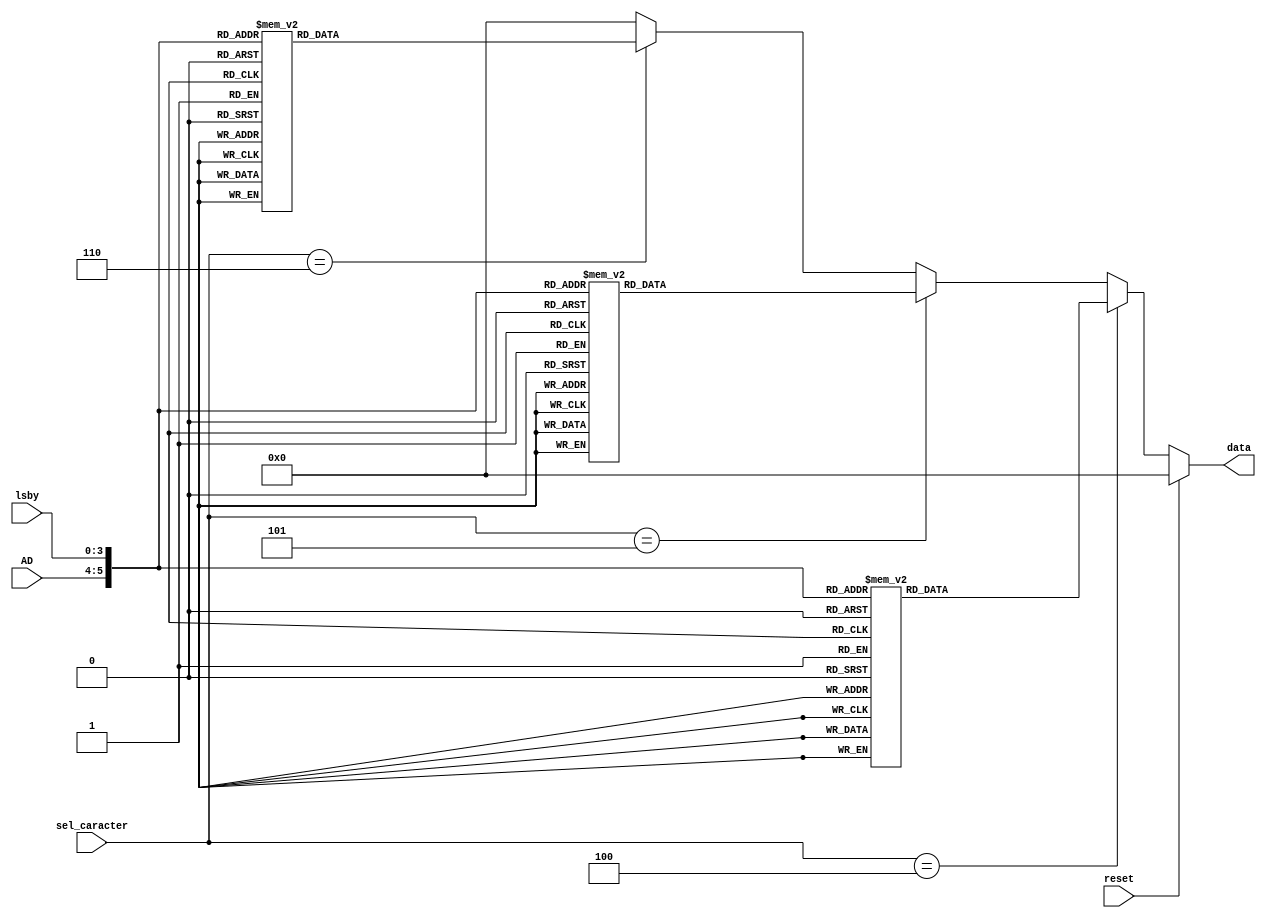
`timescale 1ns / 1ps
//////////////////////////////////////////////////////////////////////////////////

// Company: 
// Engineer: 
// 
// Design Name: 
// Module Name: font_rom
// Project Name: 
// Target Devices: 
// Tool Versions: 
// Description: 
// 
// Dependencies: 
// 
// Revision:
// Revision 0.01 - File Created
// Additional Comments:
// 
//////////////////////////////////////////////////////////////////////////////////
module font_rom(
                input reset,
                input wire [1:0]AD,
                input wire [3:0]lsby,
                output reg [7:0]data,
                input wire [3:0] sel_caracter
                );


reg [7:0]adress;

always @*
adress <= {AD,lsby};

always @*
//LETRAS
if(reset)
		data <=0;
else begin

/////////////////////////////////////////////////////////////////////////////////////////////////////////////////////////////////////
//// Numeros
/////////////////////////////////////////////////////////////////////////////////////////////////////////////////////////////////////
if(sel_caracter==4)begin
	case (adress)

		6'h00: data <= 8'b00000000;//0
		6'h01: data <= 8'b00111100;
		6'h02: data <= 8'b01000010;
		6'h03: data <= 8'b01000010;
		6'h04: data <= 8'b01000010;
		6'h05: data <= 8'b01000010;
		6'h06: data <= 8'b01000010;
		6'h07: data <= 8'b01000010;
		6'h08: data <= 8'b01000010;
		6'h09: data <= 8'b01000010;
		6'h0a: data <= 8'b01000010;
		6'h0b: data <= 8'b01000010;
		6'h0c: data <= 8'b01000010;
		6'h0d: data <= 8'b00111100;
		6'h0e: data <= 8'b00000000;
		6'h0f: data <= 8'b00000000;


		6'h10: data <= 8'b00000000;//1
		6'h11: data <= 8'b00010000;
		6'h12: data <= 8'b00010000;
		6'h13: data <= 8'b00010000;
		6'h14: data <= 8'b00010000;
		6'h15: data <= 8'b00010000;
		6'h16: data <= 8'b00010000;
		6'h17: data <= 8'b00000000;
		6'h18: data <= 8'b00010000;
		6'h19: data <= 8'b00010000;
		6'h1a: data <= 8'b00010000;
		6'h1b: data <= 8'b00010000;
		6'h1c: data <= 8'b00010000;
		6'h1d: data <= 8'b00010000;
		6'h1e: data <= 8'b00000000;
		6'h1f: data <= 8'b00000000;



		6'h20: data <= 8'b00000000;//2
		6'h21: data <= 8'b01111100;
		6'h22: data <= 8'b00000010;
		6'h23: data <= 8'b00000010;
		6'h24: data <= 8'b00000010;
		6'h25: data <= 8'b00000010;
		6'h26: data <= 8'b00000010;
		6'h27: data <= 8'b00111100;
		6'h28: data <= 8'b01000000;
		6'h29: data <= 8'b01000000;
		6'h2a: data <= 8'b01000000;
		6'h2b: data <= 8'b01000000;
		6'h2c: data <= 8'b01000000;
		6'h2d: data <= 8'b00111110;
		6'h2e: data <= 8'b00000000;
		6'h2f: data <= 8'b00000000;


		6'h30: data <= 8'b00000000;//3
		6'h31: data <= 8'b01111100;
		6'h32: data <= 8'b00000010;
		6'h33: data <= 8'b00000010;
		6'h34: data <= 8'b00000010;
		6'h35: data <= 8'b00000010;
		6'h36: data <= 8'b00000010;
		6'h37: data <= 8'b01111100;
		6'h38: data <= 8'b00000010;
		6'h39: data <= 8'b00000010;
		6'h3a: data <= 8'b00000010;
		6'h3b: data <= 8'b00000010;
		6'h3c: data <= 8'b00000010;
		6'h3d: data <= 8'b01111100;
		6'h3e: data <= 8'b00000000;
		6'h3f: data <= 8'b00000000;

		default : data <= 8'b00000000;
		endcase

	end


else if(sel_caracter==5)begin
	case (adress)

		6'h00: data <= 8'b00000000;//4
		6'h01: data <= 8'b01000010;
		6'h02: data <= 8'b01000010;
		6'h03: data <= 8'b01000010;
		6'h04: data <= 8'b01000010;
		6'h05: data <= 8'b01000010;
		6'h06: data <= 8'b01000010;
		6'h07: data <= 8'b00111100;
		6'h08: data <= 8'b00000010;
		6'h09: data <= 8'b00000010;
		6'h0a: data <= 8'b00000010;
		6'h0b: data <= 8'b00000010;
		6'h0c: data <= 8'b00000010;
		6'h0d: data <= 8'b00000010;
		6'h0e: data <= 8'b00000000;
		6'h0f: data <= 8'b00000000;


		6'h10: data <= 8'b00000000;//5
		6'h11: data <= 8'b00111110;
		6'h12: data <= 8'b01000000;
		6'h13: data <= 8'b01000000;
		6'h14: data <= 8'b01000000;
		6'h15: data <= 8'b01000000;
		6'h16: data <= 8'b01000000;
		6'h17: data <= 8'b00111100;
		6'h18: data <= 8'b00000010;
		6'h19: data <= 8'b00000010;
		6'h1a: data <= 8'b00000010;
		6'h1b: data <= 8'b00000010;
		6'h1c: data <= 8'b00000010;
		6'h1d: data <= 8'b01111100;
		6'h1e: data <= 8'b00000000;
		6'h1f: data <= 8'b00000000;



		6'h20: data <= 8'b00000000;//6
		6'h21: data <= 8'b00111110;
		6'h22: data <= 8'b01000000;
		6'h23: data <= 8'b01000000;
		6'h24: data <= 8'b01000000;
		6'h25: data <= 8'b01000000;
		6'h26: data <= 8'b01000000;
		6'h27: data <= 8'b00111100;
		6'h28: data <= 8'b01000010;
		6'h29: data <= 8'b01000010;
		6'h2a: data <= 8'b01000010;
		6'h2b: data <= 8'b01000010;
		6'h2c: data <= 8'b01000010;
		6'h2d: data <= 8'b00111100;
		6'h2e: data <= 8'b00000000;
		6'h2f: data <= 8'b00000000;


		6'h30: data <= 8'b00000000;//7
		6'h31: data <= 8'b01111100;
		6'h32: data <= 8'b00000010;
		6'h33: data <= 8'b00000010;
		6'h34: data <= 8'b00000010;
		6'h35: data <= 8'b00000010;
		6'h36: data <= 8'b00000010;
		6'h37: data <= 8'b00000000;
		6'h38: data <= 8'b00000010;
		6'h39: data <= 8'b00000010;
		6'h3a: data <= 8'b00000010;
		6'h3b: data <= 8'b00000010;
		6'h3c: data <= 8'b00000010;
		6'h3d: data <= 8'b00000010;
		6'h3e: data <= 8'b00000000;
		6'h3f: data <= 8'b00000000;

		default : data <= 8'b00000000;
		endcase

	end

else if(sel_caracter==6)begin
	case (adress)

		6'h00: data <= 8'b00000000;//8
		6'h01: data <= 8'b00111100;
		6'h02: data <= 8'b01000010;
		6'h03: data <= 8'b01000010;
		6'h04: data <= 8'b01000010;
		6'h05: data <= 8'b01000010;
		6'h06: data <= 8'b01000010;
		6'h07: data <= 8'b00111100;
		6'h08: data <= 8'b01000010;
		6'h09: data <= 8'b01000010;
		6'h0a: data <= 8'b01000010;
		6'h0b: data <= 8'b01000010;
		6'h0c: data <= 8'b01000010;
		6'h0d: data <= 8'b00111100;
		6'h0e: data <= 8'b00000000;
		6'h0f: data <= 8'b00000000;


		6'h10: data <= 8'b00000000;//9
		6'h11: data <= 8'b00111100;
		6'h12: data <= 8'b01000010;
		6'h13: data <= 8'b01000010;
		6'h14: data <= 8'b01000010;
		6'h15: data <= 8'b01000010;
		6'h16: data <= 8'b01000010;
		6'h17: data <= 8'b00111100;
		6'h18: data <= 8'b00000010;
		6'h19: data <= 8'b00000010;
		6'h1a: data <= 8'b00000010;
		6'h1b: data <= 8'b00000010;
		6'h1c: data <= 8'b00000010;
		6'h1d: data <= 8'b00000010;
		6'h1e: data <= 8'b00000000;
		6'h1f: data <= 8'b00000000;


		6'h20: data <= 8'b00000000;// puntos para separaracion
		6'h21: data <= 8'b00000000;
		6'h22: data <= 8'b00000000;
		6'h23: data <= 8'b00000000;
		6'h24: data <= 8'b00000000;
		6'h25: data <= 8'b00110000;
		6'h26: data <= 8'b00000000;
		6'h27: data <= 8'b00000000;
		6'h28: data <= 8'b00000000;
		6'h29: data <= 8'b00000000;
		6'h2a: data <= 8'b00000000;
		6'h2b: data <= 8'b00110000;
		6'h2c: data <= 8'b00000000;
		6'h2d: data <= 8'b00000000;
		6'h2e: data <= 8'b00000000;
		6'h2f: data <= 8'b00000000;

		6'h30: data <= 8'b00000000;// RING !!!
		6'h31: data <= 8'b00000000;
		6'h32: data <= 8'b00000000;
		6'h33: data <= 8'b00000000;
		6'h34: data <= 8'b00000000;
		6'h35: data <= 8'b10010010;
		6'h36: data <= 8'b10010010;
		6'h37: data <= 8'b10010010;
		6'h38: data <= 8'b00000000;
		6'h39: data <= 8'b10010010;
		6'h3a: data <= 8'b00000000;
		6'h3b: data <= 8'b00000000;
		6'h3c: data <= 8'b00000000;
		6'h3d: data <= 8'b00000000;
		6'h3e: data <= 8'b00000000;
		6'h3f: data <= 8'b00000000;

		default : data <= 8'b00000000;
	endcase

	end

	
else
	data <= 8'b00000000;
end

endmodule